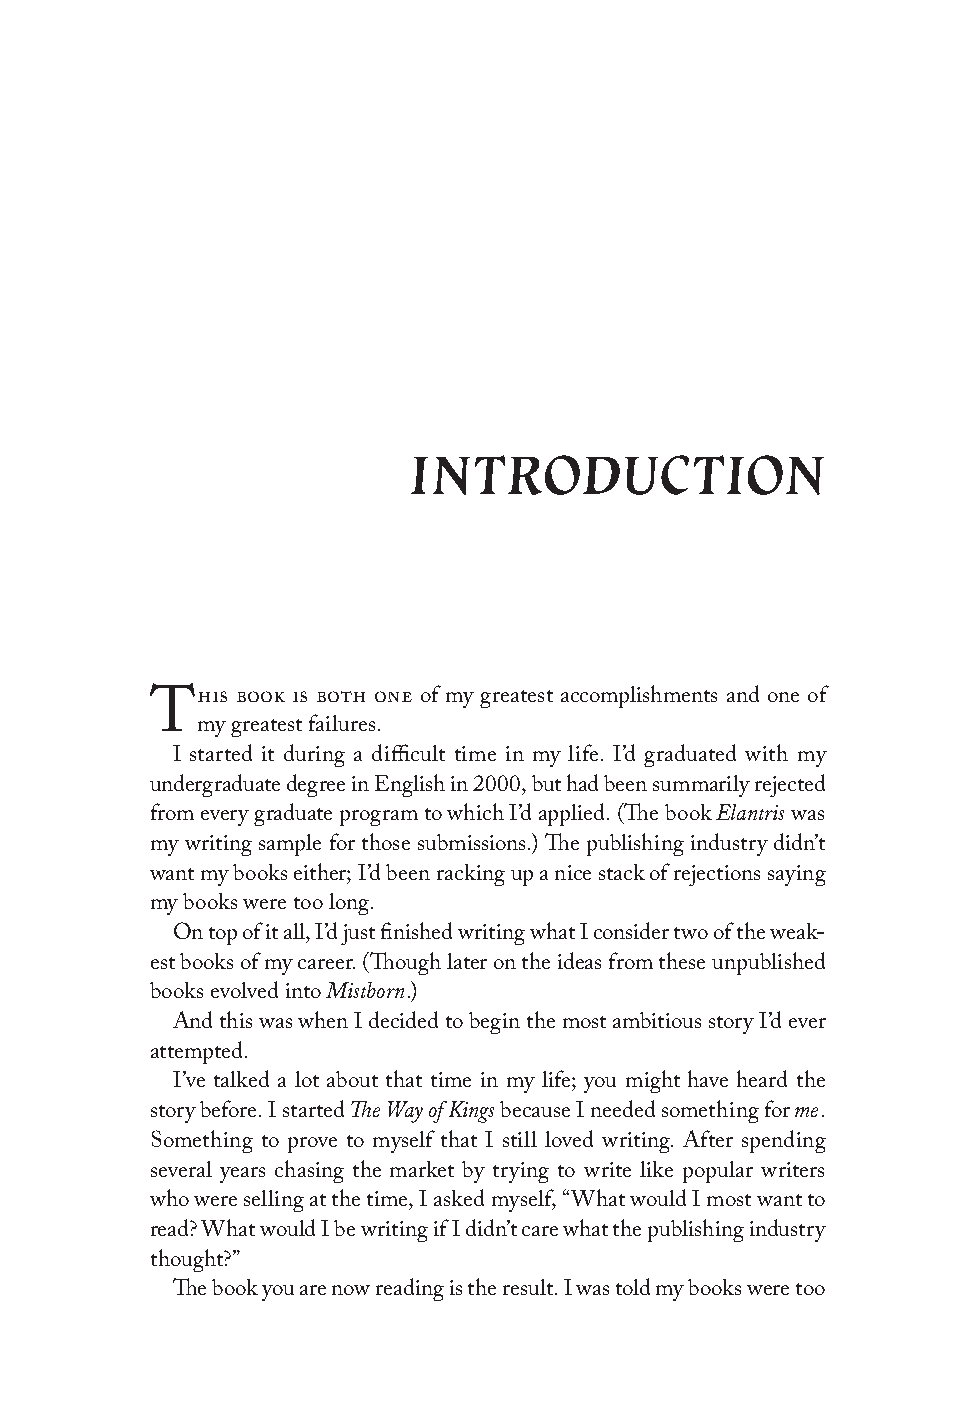
INTRODUCTION
 his book is both one of my greatest accomplishments and one of
 T
 my greatest failures.
 I started it during a difficult time in my life. I’d graduated with my
 undergraduate degree in English in 2000, but had been summarily rejected
 Elantris
 from every graduate program to which I’d applied. (The book was
 my writing sample for those submissions.) The publishing industry didn’t
 want my books either; I’d been racking up a nice stack of rejections saying
 my books were too long.
 On top of it all, I’d just finished writing what I consider two of the weak-
 est books of my career. (Though later on the ideas from these unpublished
 Mistborn
 books evolved into .)
 And this was when I decided to begin the most ambitious story I’d ever
 attempted.
 I’ve talked a lot about that time in my life; you might have heard the
 The Way of Kings              me
 story before. I started because I needed something for .
 Something to prove to myself that I still loved writing. After spending
 several years chasing the market by trying to write like popular writers
 who were selling at the time, I asked myself, “What would I most want to
 read? What would I be writing if I didn’t care what the publishing industry
 thought?”
 The book you are now reading is the result. I was told my books were too